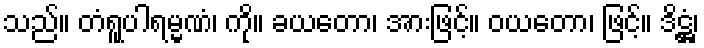
သည်။ တံရူပါရမ္မဏံ၊ ကို။ ခယတော၊ အားဖြင့်။ ဝယတော၊ ဖြင့်။ ဒိဋ္ဌံ၊